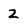
Character: 2